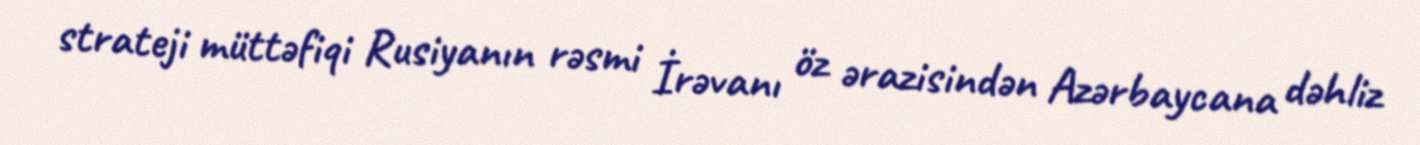
strateji müttəfiqi Rusiyanın rəsmi İrəvanı öz ərazisindən Azərbaycana dəhliz